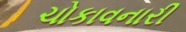
ચોકાવનારી